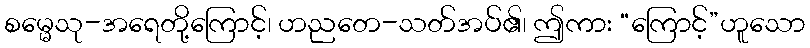
စမ္မေသု-အရေတို့ကြောင့်၊ ဟညတေ-သတ်အပ်၏၊ ဤကား “ကြောင့်”ဟူသော